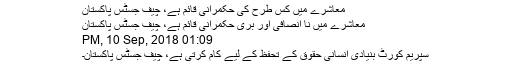
معاشرے میں کس طرح کی حکمرانی قائم ہے، چیف جسٹس پاکستان
معاشرے میں نا انصافی اور بُری حکمرانی قائم ہے، چیف جسٹس پاکستان
01:09 PM, 10 Sep, 2018
سپریم کورٹ بنیادی انسانی حقوق کے تحفظ کے لیے کام کرتی ہے، چیف جسٹس پاکستان۔